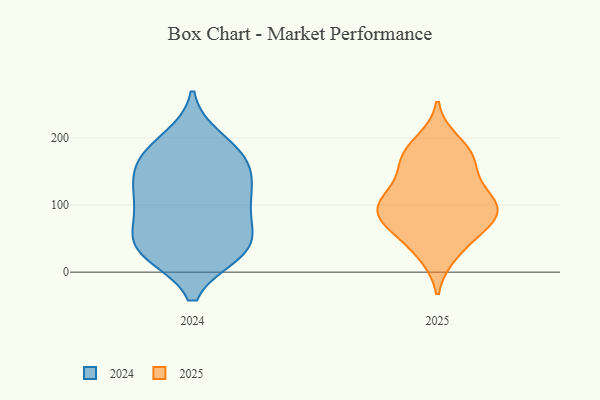
{"axis": {"x": "Bounce Rate (%)", "y": "Value"}, "legend": ["2024", "2025"], "data": [{"x": "", "y": 178, "type": "2025"}, {"x": "", "y": 65, "type": "2025"}, {"x": "", "y": 74, "type": "2025"}, {"x": "", "y": 173, "type": "2025"}, {"x": "", "y": 27, "type": "2025"}, {"x": "", "y": 100, "type": "2025"}, {"x": "", "y": 194, "type": "2025"}, {"x": "", "y": 89, "type": "2025"}, {"x": "", "y": 162, "type": "2025"}, {"x": "", "y": 35, "type": "2025"}, {"x": "", "y": 111, "type": "2025"}, {"x": "", "y": 87, "type": "2025"}, {"x": "", "y": 160, "type": "2025"}, {"x": "", "y": 121, "type": "2025"}, {"x": "", "y": 93, "type": "2025"}, {"x": "", "y": 74, "type": "2025"}, {"x": "", "y": 117, "type": "2025"}, {"x": "", "y": 107, "type": "2024"}, {"x": "", "y": 44, "type": "2024"}, {"x": "", "y": 30, "type": "2024"}, {"x": "", "y": 95, "type": "2024"}, {"x": "", "y": 182, "type": "2024"}, {"x": "", "y": 148, "type": "2024"}, {"x": "", "y": 166, "type": "2024"}, {"x": "", "y": 108, "type": "2024"}, {"x": "", "y": 146, "type": "2024"}, {"x": "", "y": 129, "type": "2024"}, {"x": "", "y": 198, "type": "2024"}, {"x": "", "y": 30, "type": "2024"}, {"x": "", "y": 81, "type": "2024"}, {"x": "", "y": 56, "type": "2024"}, {"x": "", "y": 29, "type": "2024"}, {"x": "", "y": 175, "type": "2024"}, {"x": "", "y": 35, "type": "2024"}]}